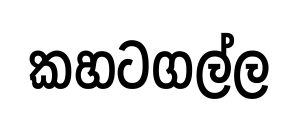
කහටගල්ල